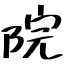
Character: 院